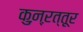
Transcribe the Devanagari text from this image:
कुऩ्ऱत्तूर